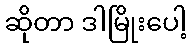
ဆိုတာ ဒါမြိုးပေါ့